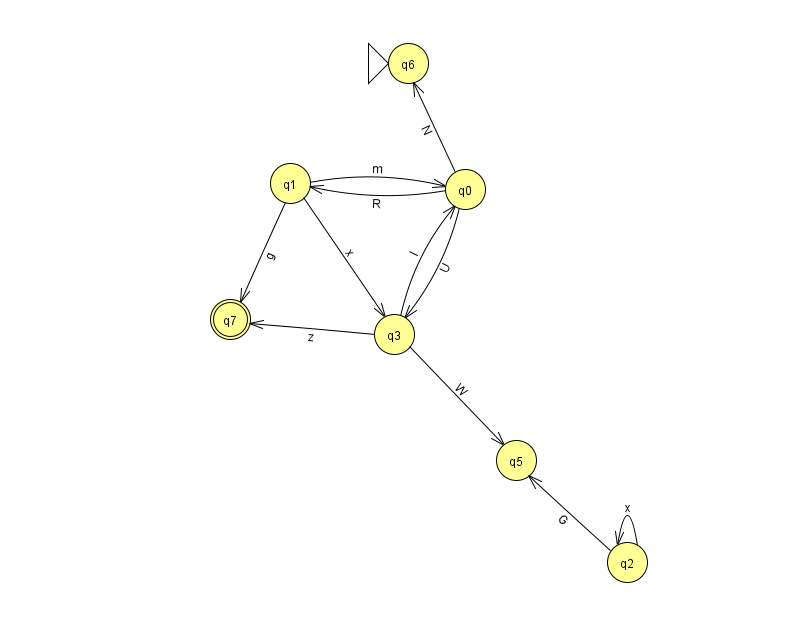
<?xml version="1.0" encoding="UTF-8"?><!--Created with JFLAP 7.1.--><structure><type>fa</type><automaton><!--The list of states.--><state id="0" name="q0"><x>465.0</x><y>176.0</y></state><state id="1" name="q1"><x>290.0</x><y>170.0</y></state><state id="2" name="q2"><x>627.0</x><y>549.0</y></state><state id="3" name="q3"><x>394.0</x><y>321.0</y></state><state id="5" name="q5"><x>516.0</x><y>447.0</y></state><state id="6" name="q6"><x>408.0</x><y>50.0</y><initial/></state><state id="7" name="q7"><x>230.0</x><y>306.0</y><final/></state><!--The list of transitions.--><transition><from>2</from><to>5</to><read>G</read></transition><transition><from>3</from><to>0</to><read>I</read></transition><transition><from>1</from><to>3</to><read>x</read></transition><transition><from>0</from><to>1</to><read>R</read></transition><transition><from>1</from><to>7</to><read>g</read></transition><transition><from>3</from><to>7</to><read>z</read></transition><transition><from>2</from><to>2</to><read>x</read></transition><transition><from>1</from><to>0</to><read>m</read></transition><transition><from>0</from><to>3</to><read>U</read></transition><transition><from>0</from><to>6</to><read>N</read></transition><transition><from>3</from><to>5</to><read>W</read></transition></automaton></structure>